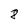
Character: 8